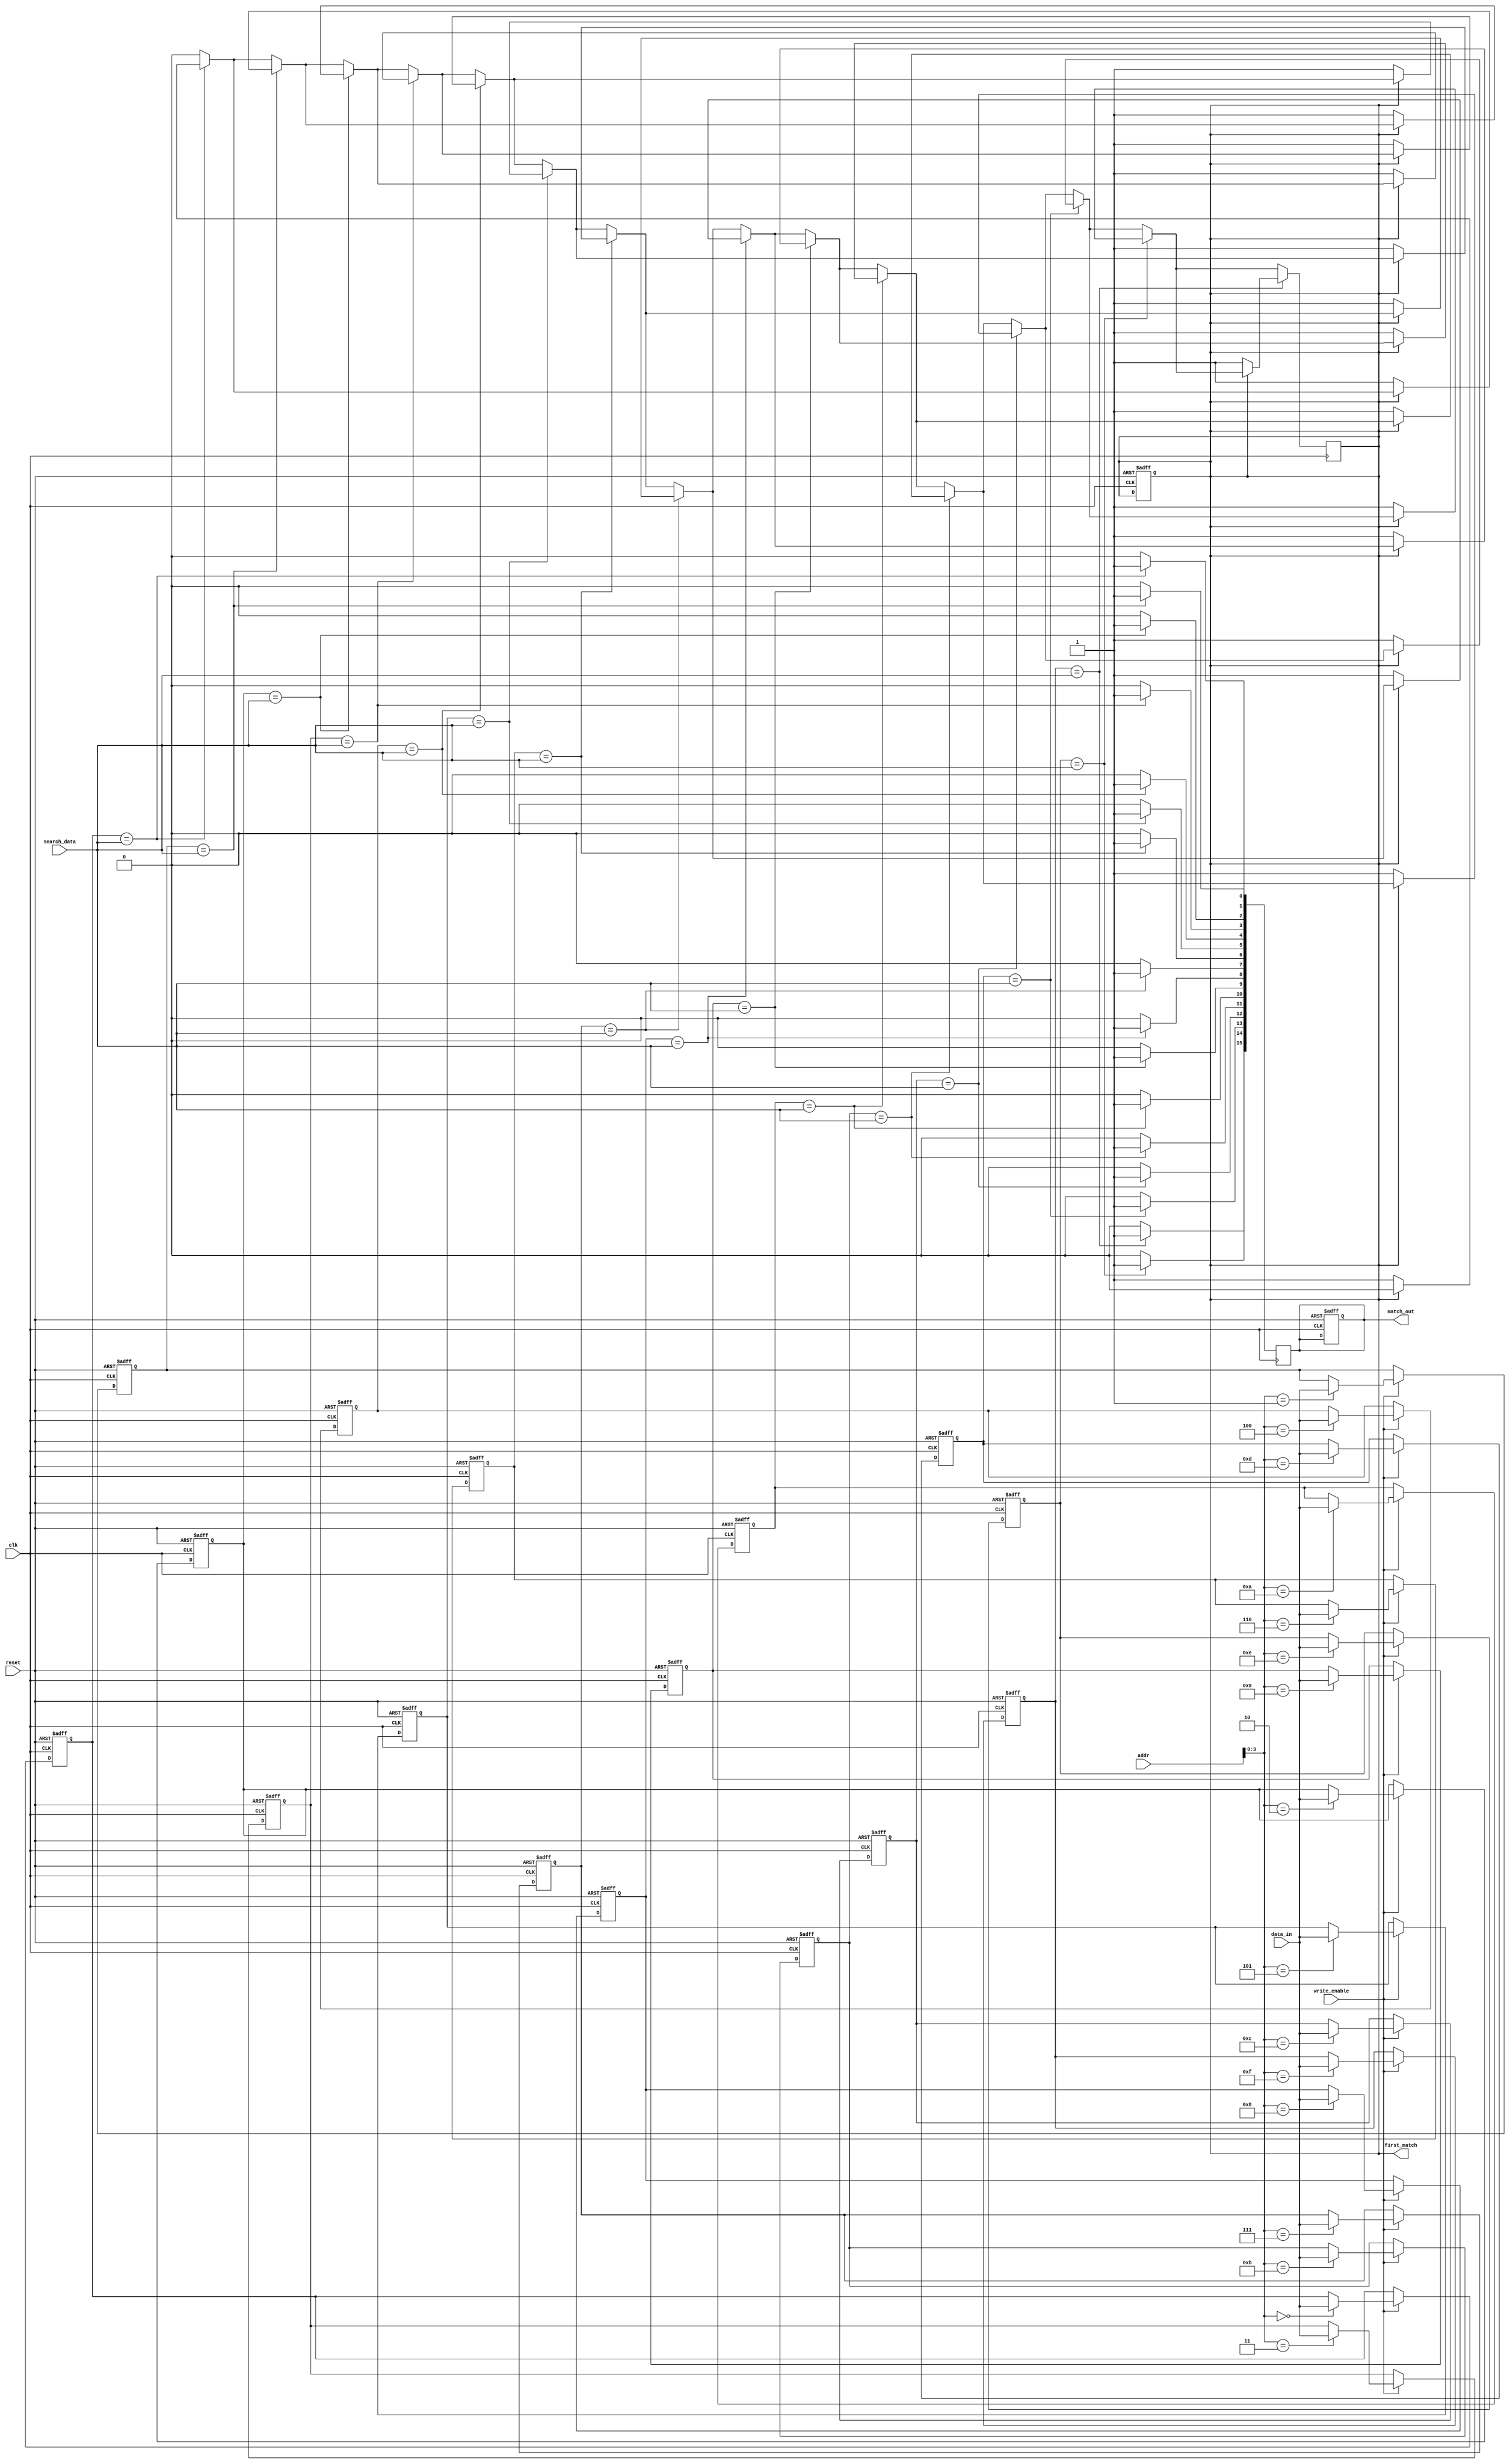
module SRAM_CAM #(
    parameter WORD_SIZE = 8, // Width of each entry in bits
    parameter DEPTH = 16      // Number of entries in the CAM
)(
    input wire clk,                  // Clock signal
    input wire reset,                // Reset signal
    input wire [WORD_SIZE-1:0] data_in, // Data input for write operation
    input wire [DEPTH-1:0] addr,     // Address for write operation
    input wire write_enable,          // Write enable signal
    input wire [WORD_SIZE-1:0] search_data, // Data to search in CAM
    output reg [DEPTH-1:0] match_out, // Match output indicating matching entries
    output reg first_match           // First match indicator
);

// Memory array (SRAM cells)
reg [WORD_SIZE-1:0] memory [0:DEPTH-1];

// Internal signals
integer i;

// Reset logic
always @(posedge clk or posedge reset) begin
    if (reset) begin
        // Clear memory on reset
        for (i = 0; i < DEPTH; i = i + 1) begin
            memory[i] <= {WORD_SIZE{1'b0}};
        end
        match_out <= {DEPTH{1'b0}};
        first_match <= 1'b0;
    end else if (write_enable) begin
        // Write data to specified address
        memory[addr] <= data_in;
    end
end

// Search operation
always @(posedge clk) begin
    match_out <= {DEPTH{1'b0}}; // Clear match output
    first_match <= 1'b0;       // Clear first match indicator

    // Compare search_data with each entry in memory
    for (i = 0; i < DEPTH; i = i + 1) begin
        if (memory[i] == search_data) begin
            match_out[i] <= 1'b1; // Set match output for matching entry
            if (!first_match) begin
                first_match <= 1'b1; // Indicate first match found
            end
        end
    end
end

endmodule